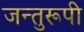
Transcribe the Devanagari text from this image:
जन्तुरूपी